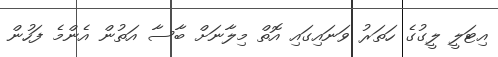
އިޓަލީ ލީގުގެ ހަތަރު ވަނައިގައި އޮތް މިލާނަށް ބާސާ އަތުން އެންމެ ފަހުން